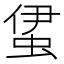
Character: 𧊰